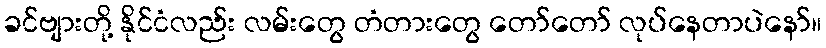
ခင်ဗျားတို့ နိုင်ငံလည်း လမ်းတွေ တံတားတွေ တော်တော် လုပ်နေတာပဲနော်။